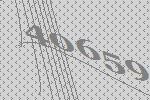
40659